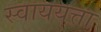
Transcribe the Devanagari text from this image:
स्वाययत्ता